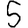
Digit: 5